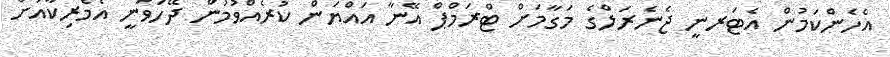
އެހެންކަމުން އެޓަރނީ ޖެނެރަލްގެ މަގާމަށް ޓްރަމްޕް އޭނާ އައްޔަން ކުރެއްވުމުން ދޭހަވަނީ އެމެރިކާއަށް